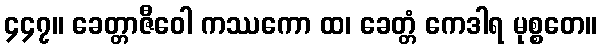
၄၄၇။ ခေတ္တာဇီဝေါ ကဿကော ထ၊ ခေတ္တံ ကေဒါရ မုစ္စတေ။